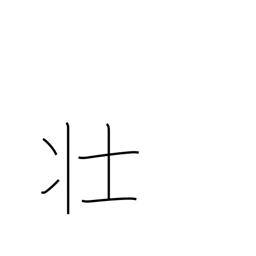
Meaning: robust